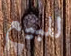
للبيع